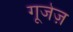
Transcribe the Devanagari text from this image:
गूजेज़